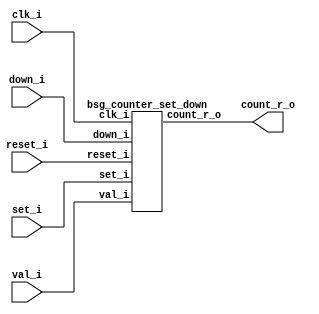
// This program was cloned from: https://github.com/chipsalliance/UHDM-integration-tests
// License: Apache License 2.0



module top
(
  clk_i,
  reset_i,
  set_i,
  val_i,
  down_i,
  count_r_o
);

  input [15:0] val_i;
  output [15:0] count_r_o;
  input clk_i;
  input reset_i;
  input set_i;
  input down_i;

  bsg_counter_set_down
  wrapper
  (
    .val_i(val_i),
    .count_r_o(count_r_o),
    .clk_i(clk_i),
    .reset_i(reset_i),
    .set_i(set_i),
    .down_i(down_i)
  );


endmodule



module bsg_counter_set_down
(
  clk_i,
  reset_i,
  set_i,
  val_i,
  down_i,
  count_r_o
);

  input [15:0] val_i;
  output [15:0] count_r_o;
  input clk_i;
  input reset_i;
  input set_i;
  input down_i;
  wire [15:0] count_r_o,ctr_n;
  wire N0,N1,N2,N3,N4,N5,N6,N7,N8,N9,N10,N11,N12,N13,N14,N15,N16,N17,N18,N19,N20;
  reg count_r_o_15_sv2v_reg,count_r_o_14_sv2v_reg,count_r_o_13_sv2v_reg,
  count_r_o_12_sv2v_reg,count_r_o_11_sv2v_reg,count_r_o_10_sv2v_reg,count_r_o_9_sv2v_reg,
  count_r_o_8_sv2v_reg,count_r_o_7_sv2v_reg,count_r_o_6_sv2v_reg,count_r_o_5_sv2v_reg,
  count_r_o_4_sv2v_reg,count_r_o_3_sv2v_reg,count_r_o_2_sv2v_reg,
  count_r_o_1_sv2v_reg,count_r_o_0_sv2v_reg;
  assign count_r_o[15] = count_r_o_15_sv2v_reg;
  assign count_r_o[14] = count_r_o_14_sv2v_reg;
  assign count_r_o[13] = count_r_o_13_sv2v_reg;
  assign count_r_o[12] = count_r_o_12_sv2v_reg;
  assign count_r_o[11] = count_r_o_11_sv2v_reg;
  assign count_r_o[10] = count_r_o_10_sv2v_reg;
  assign count_r_o[9] = count_r_o_9_sv2v_reg;
  assign count_r_o[8] = count_r_o_8_sv2v_reg;
  assign count_r_o[7] = count_r_o_7_sv2v_reg;
  assign count_r_o[6] = count_r_o_6_sv2v_reg;
  assign count_r_o[5] = count_r_o_5_sv2v_reg;
  assign count_r_o[4] = count_r_o_4_sv2v_reg;
  assign count_r_o[3] = count_r_o_3_sv2v_reg;
  assign count_r_o[2] = count_r_o_2_sv2v_reg;
  assign count_r_o[1] = count_r_o_1_sv2v_reg;
  assign count_r_o[0] = count_r_o_0_sv2v_reg;
  assign ctr_n = { N18, N17, N16, N15, N14, N13, N12, N11, N10, N9, N8, N7, N6, N5, N4, N3 } - down_i;
  assign { N18, N17, N16, N15, N14, N13, N12, N11, N10, N9, N8, N7, N6, N5, N4, N3 } = (N0)? val_i : 
                                                                                       (N1)? count_r_o : 1'b0;
  assign N0 = set_i;
  assign N1 = N2;
  assign N2 = ~set_i;
  assign N19 = ~down_i;
  assign N20 = down_i;

  always @(posedge clk_i) begin
    if(reset_i) begin
      count_r_o_15_sv2v_reg <= 1'b0;
      count_r_o_14_sv2v_reg <= 1'b0;
      count_r_o_13_sv2v_reg <= 1'b0;
      count_r_o_12_sv2v_reg <= 1'b0;
      count_r_o_11_sv2v_reg <= 1'b0;
      count_r_o_10_sv2v_reg <= 1'b0;
      count_r_o_9_sv2v_reg <= 1'b0;
      count_r_o_8_sv2v_reg <= 1'b0;
      count_r_o_7_sv2v_reg <= 1'b0;
      count_r_o_6_sv2v_reg <= 1'b0;
      count_r_o_5_sv2v_reg <= 1'b0;
      count_r_o_4_sv2v_reg <= 1'b0;
      count_r_o_3_sv2v_reg <= 1'b0;
      count_r_o_2_sv2v_reg <= 1'b0;
      count_r_o_1_sv2v_reg <= 1'b0;
      count_r_o_0_sv2v_reg <= 1'b0;
    end else if(1'b1) begin
      count_r_o_15_sv2v_reg <= ctr_n[15];
      count_r_o_14_sv2v_reg <= ctr_n[14];
      count_r_o_13_sv2v_reg <= ctr_n[13];
      count_r_o_12_sv2v_reg <= ctr_n[12];
      count_r_o_11_sv2v_reg <= ctr_n[11];
      count_r_o_10_sv2v_reg <= ctr_n[10];
      count_r_o_9_sv2v_reg <= ctr_n[9];
      count_r_o_8_sv2v_reg <= ctr_n[8];
      count_r_o_7_sv2v_reg <= ctr_n[7];
      count_r_o_6_sv2v_reg <= ctr_n[6];
      count_r_o_5_sv2v_reg <= ctr_n[5];
      count_r_o_4_sv2v_reg <= ctr_n[4];
      count_r_o_3_sv2v_reg <= ctr_n[3];
      count_r_o_2_sv2v_reg <= ctr_n[2];
      count_r_o_1_sv2v_reg <= ctr_n[1];
      count_r_o_0_sv2v_reg <= ctr_n[0];
    end 
  end


endmodule